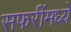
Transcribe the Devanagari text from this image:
सफरींमध्ये